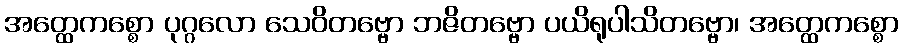
အတ္ထေကစ္စော ပုဂ္ဂလော သေဝိတဗ္ဗော ဘဇိတဗ္ဗော ပယိရုပါသိတဗ္ဗော၊ အတ္ထေကစ္စော